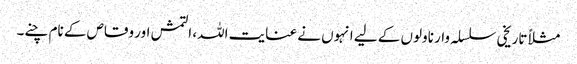
مثلاً تاریخی سلسلہ وار ناولوں کے لیے انہوں نے عنایت اللہ، التمش اور وقاص کے نام چنے۔